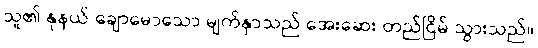
သူ၏ နုနယ် ချောမောသော မျက်နှာသည် အေးဆေး တည်ငြိမ် သွားသည်။